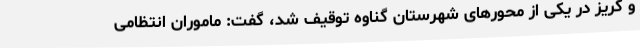
و گریز در یکی از محورهای شهرستان گناوه توقیف شد، گفت: ماموران انتظامی